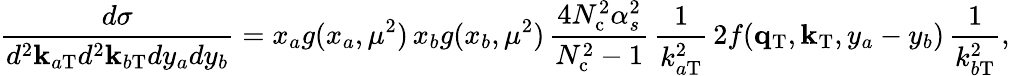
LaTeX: \frac{d\sigma}{d^{2}{\mathbf k}_{a\mathrm{T}}d^{2}{\mathbf k}_{b\mathrm{T}}dy_{a}dy_{b}}=x_{a}g(x_{a},\mu^{2})\, x_{b}g(x_{b},\mu^{2})\, \frac{4N_{\mathrm{c}}^{2}\alpha_{s}^{2}}{N_{\mathrm{c}}^{2}-1}\, \frac{1}{k_{a\mathrm{T}}^{2}}\, 2f({\mathbf q}_{\mathrm{T}},{\mathbf k}_{\mathrm{T}},y_{a}-y_{b})\, \frac{1}{k_{b\mathrm{T}}^{2}},